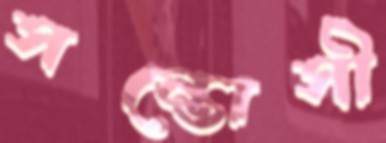
সন্তোসী